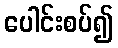
ပေါင်းစပ်၍